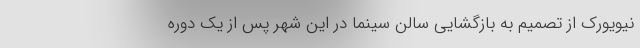
نیویورک از تصمیم به بازگشایی سالن سینما در این شهر پس از یک دوره